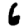
Digit: 6